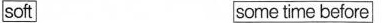
soft some time before